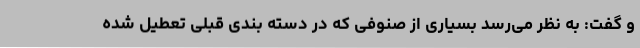
و گفت: به نظر می‌رسد بسیاری از صنوفی که در دسته بندی قبلی تعطیل شده